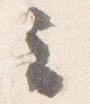
云